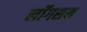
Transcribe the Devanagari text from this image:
लॉगसन